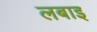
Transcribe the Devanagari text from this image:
लबाइ